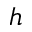
h